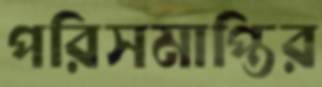
পরিসমাপ্তির